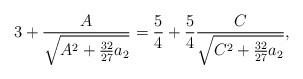
LaTeX: \begin{align*}3+\frac{A}{\sqrt{A^2+\frac{32}{27}a_2}}=\frac{5}{4}+\frac{5}{4}\frac{C}{\sqrt{C^2+\frac{32}{27}a_2}},\end{align*}